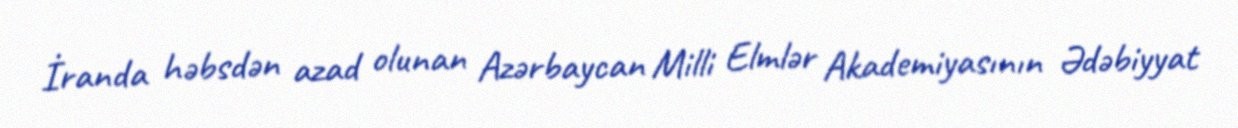
İranda həbsdən azad olunan Azərbaycan Milli Elmlər Akademiyasının Ədəbiyyat